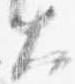
大